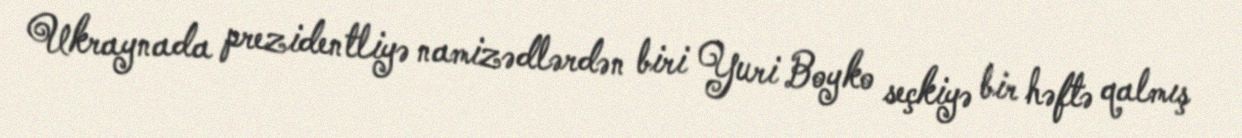
Ukraynada prezidentliyə namizədlərdən biri Yuri Boyko seçkiyə bir həftə qalmış